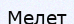
Мелет